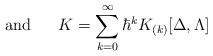
LaTeX: \begin{align*}\mbox{~~~~~and~~~~~}K=\sum_{k=0}^{\infty}\hbar^k K_{(k)}[\Delta,\Lambda]\end{align*}